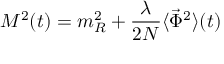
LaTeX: { \cal M } ^ { 2 } ( t ) = m _ { R } ^ { 2 } + { \frac { \lambda } { 2 N } } \langle { \vec { \Phi } } ^ { 2 } \rangle ( t )